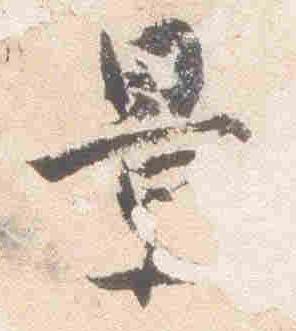
景